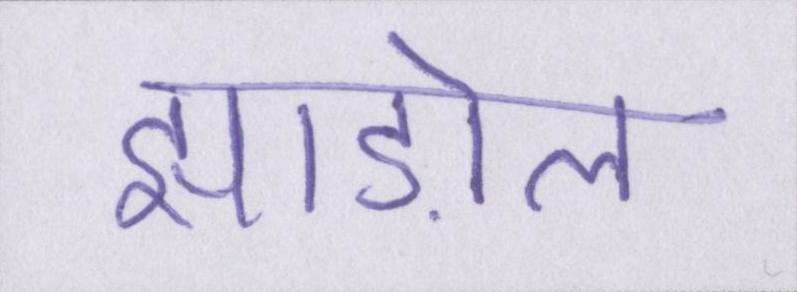
झाड़ोल